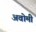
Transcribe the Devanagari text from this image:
अवोमी